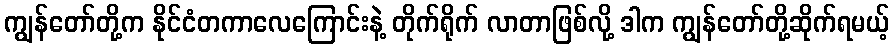
ကျွန်တော်တို့က နိုင်ငံတကာလေကြောင်းနဲ့ တိုက်ရိုက် လာတာဖြစ်လို့ ဒါက ကျွန်တော်တို့ဆိုက်ရမယ့်